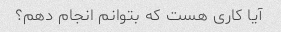
آیا کاری هست که بتوانم انجام دهم؟